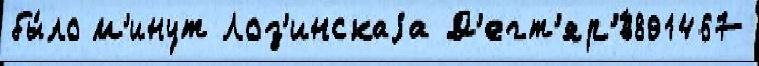
бы́ло м'инут Лоз'инскаjа Д'егт'яр'́в891467